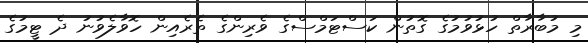
މި މުބާރާތް ހުޅުވުމުގެ ގޮތުން ކަސްޓަމްސްގެ ވެރިންގެ ތެރެއިން ހޮވާލެވުނު ދެ ޓީމުގެ